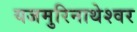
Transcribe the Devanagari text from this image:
यजमुरिनाथेश्‍वर